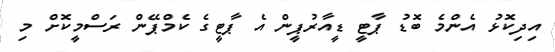
އިދިކޮޅު އެންމެ ބޮޑު ޕާޓީ ޑީއާރުޕީން އެ ޕާޓީގެ ކެމްޕޭން ރަސްމީކޮށް މި